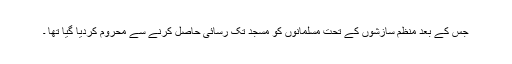
جس کے بعد منظم سازشوں کے تحت مسلمانوں کو مسجد تک رسائی حاصل کرنے سے محروم کردیا گیا تھا ۔